Annual statistical returns and brief notes on vaccination in Bengal - 1909-1929
Year: 1909
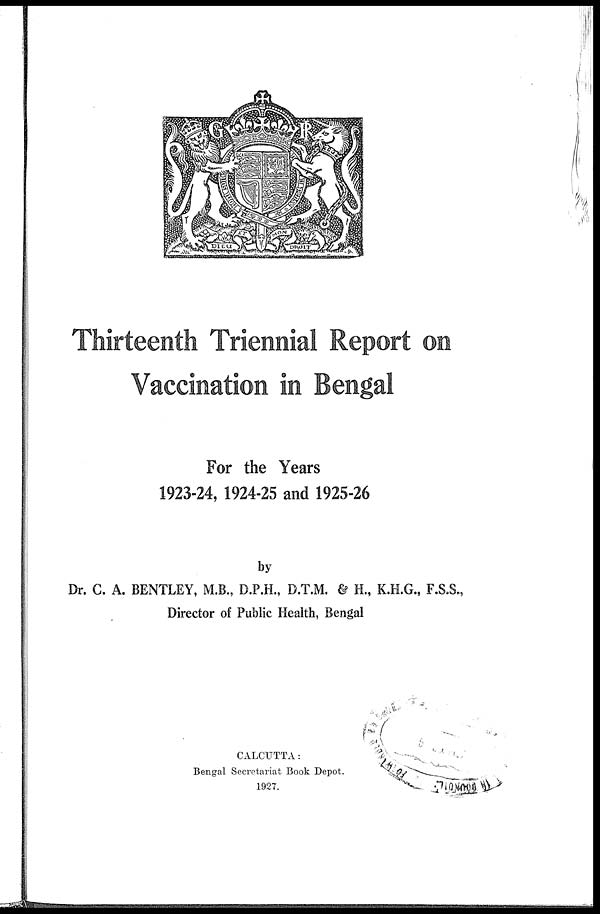
Thirteenth Triennial Report on
Vaccination in Bengal
For the Years
1923-24, 1924-25 and 1925-26
by
Dr. C. A. BENTLEY, M.B., D.P.H., D.T.M. & H., K.H.G., F.S.S.,
Director of Public Health, Bengal
CALCUTTA:
Bengal Secretariat Book Depot.
1927.